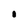
Character: I